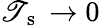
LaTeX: \mathscr{T}_{\mathrm{{~s~}}}\to0